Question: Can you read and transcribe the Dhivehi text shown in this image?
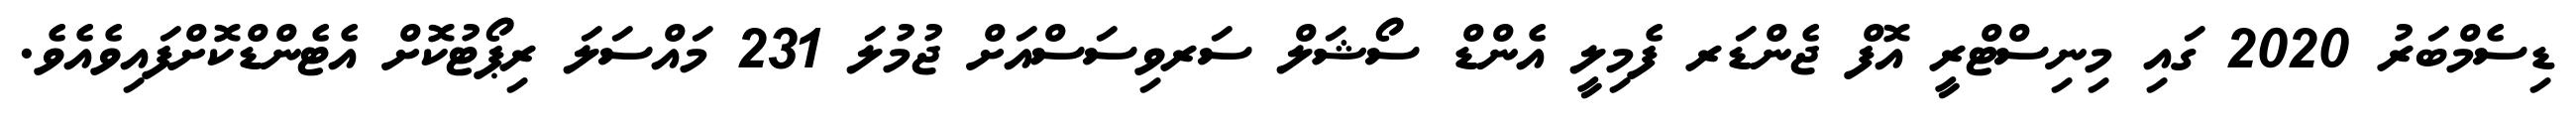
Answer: ޑިސެމްބަރު 2020 ގައި މިނިސްޓްރީ އޮފް ޖެންޑަރ ފެމިލީ އެންޑް ސޯޝަލް ސަރވިސަސްއަށް ޖުމުލަ 231 މައްސަލަ ރިޕޯޓުކޮށް އެޓެންޑްކޮށްފައިވެއެވެ.